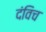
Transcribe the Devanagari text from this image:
दंविच